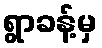
ရွာခန့်မှ